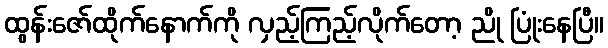
ထွန်းဇော်ထိုက်နောက်ကို လှည့်ကြည့်လိုက်တော့ ညို ပြုံးနေပြီ။